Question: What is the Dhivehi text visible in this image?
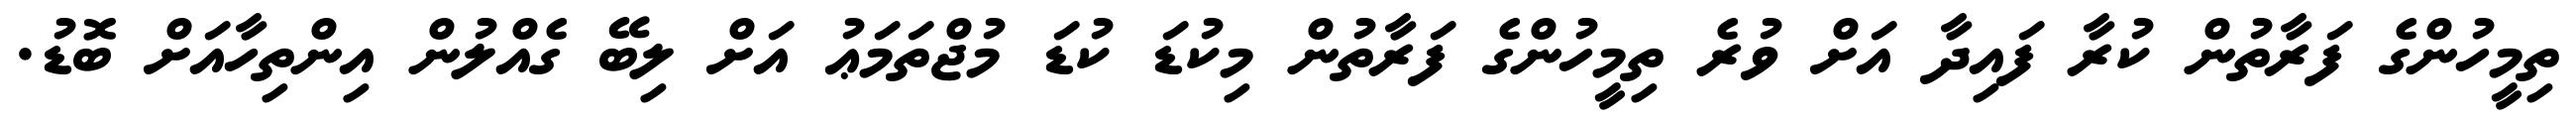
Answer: ތިމީހުންގެ ފަރާތުން ކުރާ ފައިދާ އަށް ވުރެ ތިމީހުންގެ ފަރާތުން މިކުޑަ ކުޑަ މުޖްތަމަޢު އަށް ލިބޭ ގެއްލުން އިންތިހާއަށް ބޮޑު.